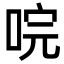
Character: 唍